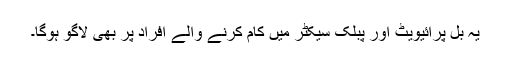
یہ بل پرائیویٹ اور پبلک سیکٹر میں کام کرنے والے افراد پر بھی لاگو ہوگا۔